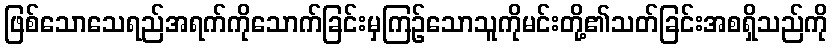
ဖြစ်သောသေရည်အရက်ကိုသောက်ခြင်းမှကြဉ်သောသူကိုမင်းတို့၏သတ်ခြင်းအစရှိသည်ကို